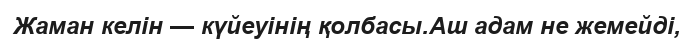
Жаман келін — күйеуінің қолбасы.Аш адам не жемейді,